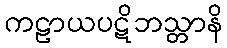
ကဠာယပဋိဘသ္တာနိ